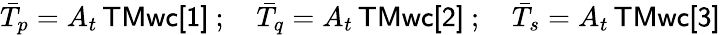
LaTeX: \bar{T}_{p}=A_{t}\, {\sf TMwc[1]}\ ;\quad\bar{T}_{q}=A_{t}\, {\sf TMwc[2]}\ ;\quad\bar{T}_{s}=A_{t}\, {\sf TMwc[3]}